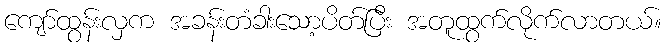
ကျော်ထွန်းလှက အခန်းတံခါးသော့ပိတ်ပြီး အတူထွက်လိုက်လာတယ်။